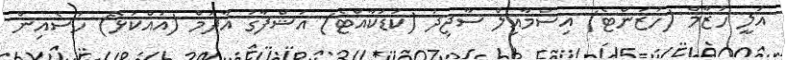
އަލީ ހުޒާމް (ހުޒަންޓެ) އިސްމާއިލް ސާޖިދު (ކުޑަކާއްޓެ) އަޝްފާގު އާދަމް (އައްކަޅޭ) ހުސެއިން